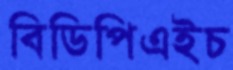
বিডিপিএইচ